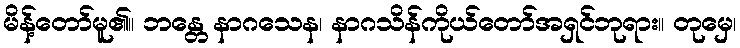
မိန့်တော်မူ၏။ ဘန္တေ နာဂသေန၊ နာဂသိန်ကိုယ်တော်အရှင်ဘုရား။ တုမှေ၊